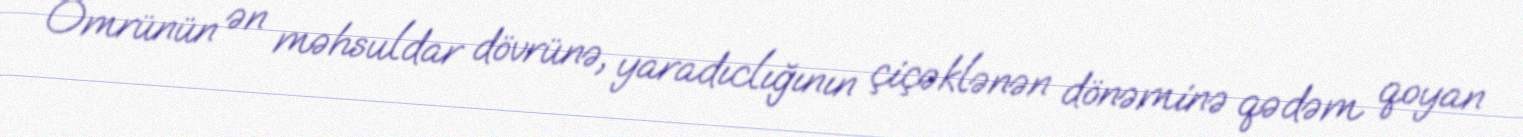
Ömrünün ən məhsuldar dövrünə, yaradıclığının çiçəklənən dönəminə qədəm qoyan